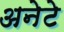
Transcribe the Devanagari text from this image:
अनेटे